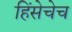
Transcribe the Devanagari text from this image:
हिंसेचेच